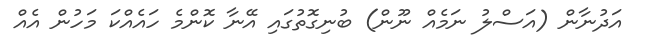
އަދުނާން (އަސްލު ނަމެއް ނޫން) ބުނިގޮތުގައި އޭނާ ކޮންމެ ހައެއްކަ މަހުން އެއް